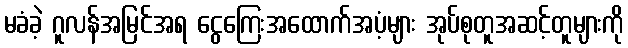
မခံခဲ့ ဂူလန်အမြင်အရ ငွေကြေးအထောက်အပံ့များ အုပ်စုတူအဆင့်တူများကို